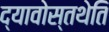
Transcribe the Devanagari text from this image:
द्यावोस्तथेति